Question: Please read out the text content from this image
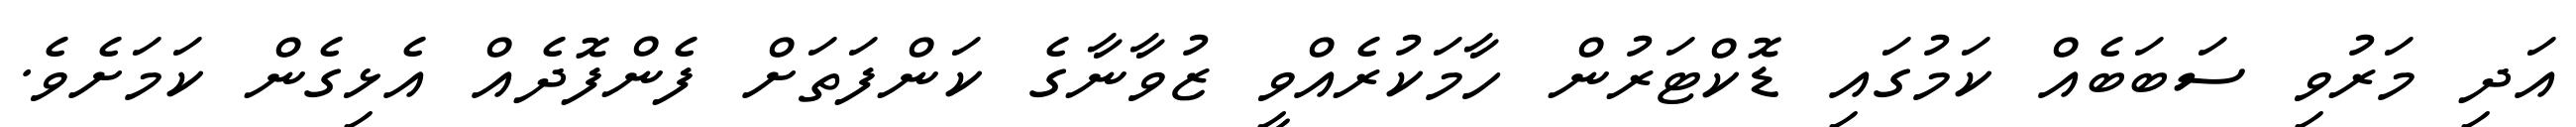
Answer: އަދި މަރުވި ސަބަބެއް ކަމުގައި ޑޮކްޓަރުން ހާމަކުރެއްވީ ޒުވާނާގެ ކަންފަތަށް ފެންފޮދެއް އެޅިގެން ކަމަށެވެ.